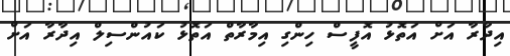
އިދާރާ އަށް އަތޮޅު އޮފީސް ހިންގި އިމާރާތް އަތޮޅު ކައުންސިލް އިދާރާ އަށް